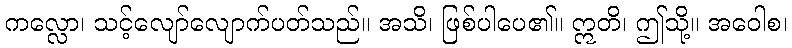
ကလ္လော၊ သင့်လျော်လျောက်ပတ်သည်။ အသိ၊ ဖြစ်ပါပေ၏။ ဣတိ၊ ဤသို့။ အဝေါစ၊